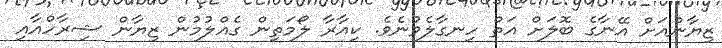
ޒިޔާންއަށް އޭނާގެ ބޮލަށް އަތް ހިނގާލެވުނެވެ. ކިއާރާ ލޯމަތިން ގެއްލުމުން ޒިޔާން ޝިރާހްއާއި